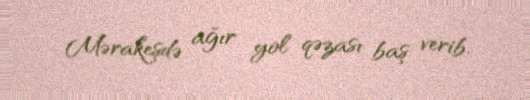
Mərakeşdə ağır yol qəzası baş verib.